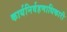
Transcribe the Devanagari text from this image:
कार्यनिर्वहणाधिकारी